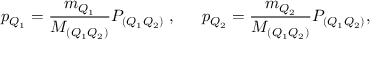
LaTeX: p _ { Q _ { 1 } } = \frac { m _ { Q _ { 1 } } } { M _ { ( Q _ { 1 } Q _ { 2 } ) } } P _ { ( Q _ { 1 } Q _ { 2 } ) } \; , \; \; \quad p _ { Q _ { 2 } } = \frac { m _ { Q _ { 2 } } } { M _ { ( Q _ { 1 } Q _ { 2 } ) } } P _ { ( Q _ { 1 } Q _ { 2 } ) } ,